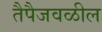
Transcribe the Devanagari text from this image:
तैपैजवळील